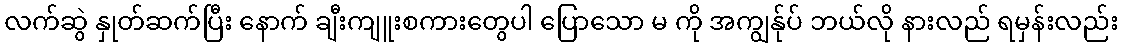
လက်ဆွဲ နှုတ်ဆက်ပြီး နောက် ချီးကျူးစကားတွေပါ ပြောသော မ ကို အကျွန်ုပ် ဘယ်လို နားလည် ရမှန်းလည်း